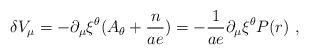
\begin{align*}\delta V_\mu =-\partial_\mu \xi^\theta (A_\theta +\frac{n}{a e})=-\frac{1}{ae}\partial_\mu \xi^\theta P(r)~,\end{align*}